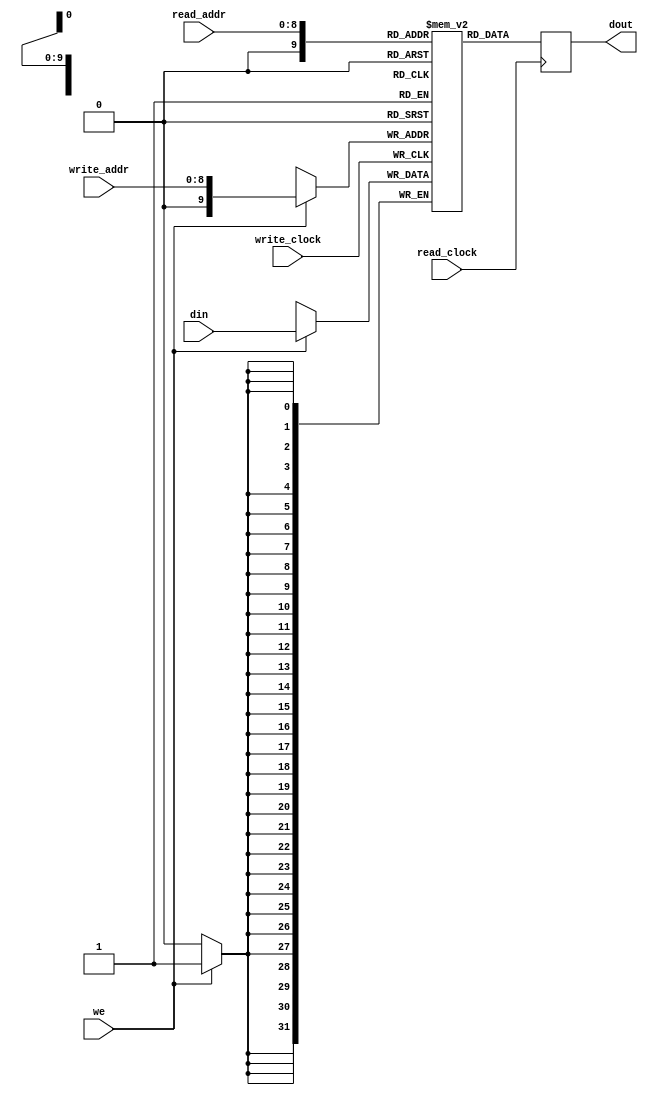
 
module ram_simple_dp_dc_512x32(
  input      [31:0] din,
  input     [8:0] read_addr, write_addr,       // two addresses
  input     we, read_clock, write_clock, // two clocks
  output reg [31:0] dout);

  reg [31:0] ram[0:512];
  always @ (posedge write_clock)                // write clock
    begin
      if (we)
          ram[write_addr] <= din;
    end
  always @ (posedge read_clock)                 // read clock
    begin
      dout <= ram[read_addr];                     // register output
    end
    
endmodule